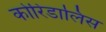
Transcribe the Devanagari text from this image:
कोरिडालिस